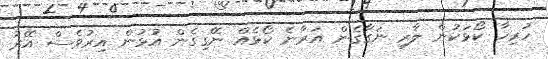
ހުރިހާ ކޯޅަކުން ލާރި ނަގާގެން އަރާނެ ކޯޅެއް ނޭގިގެން އުޅުން އިރުވެސް އޭރު